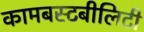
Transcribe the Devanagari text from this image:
कामबस्टबीलिटी